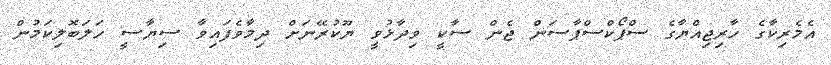
އެމެރިކާގެ ހާރިޖިއްޔާގެ ސްޕޯކްސްޕާސަން ޖެން ސާކީ ވިދާޅުވީ ޔޫކުރޭނަށް ދިމާވެފައިވާ ސިޔާސީ ހަލަބޮލިކަމުން